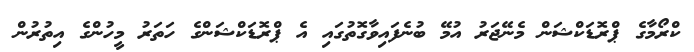
ކްރޯމާގެ ޕްރޮޑަކްޝަން މެނޭޖަރު އުމޭ ބުނެފައިވާގޮތުގައި އެ ޕްރޮޑަކްްޝަންގެ ހަތަރު މީހުންގެ އިތުރުން